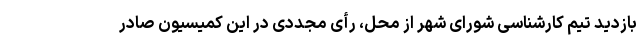
بازدید تیم کارشناسی شورای شهر از محل، رأی مجددی در این کمیسیون صادر